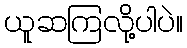
ယူဆကြလို့ပါပဲ။